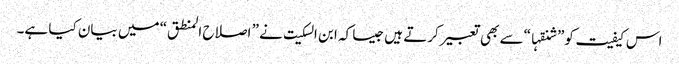
اس کیفیت کو” شنقہا“سے بھی تعبیر کرتے ہیں جیسا کہ ابن السکیت نے ” اصلاح المنطق“ میں بیان کیا ہے۔